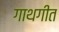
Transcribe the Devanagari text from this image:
गाथगीत